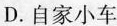
D.自家小车